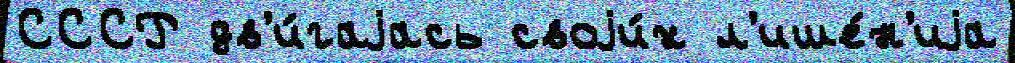
СССР дв'и́гаjась своjи́х л'ише́н'иjа